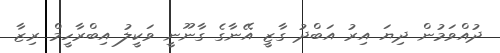
ދުއްވަމުން ދިޔަ އިރު އަބްދު ގާޒީ އޭނާގެ ގާނޫނީ ވަކީލު އިބްރާހީމް ރިޒާ